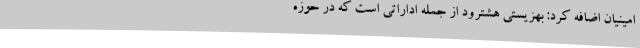
امینیان اضافه کرد: بهزیستی هشترود از جمله اداراتی است که در حوزه